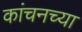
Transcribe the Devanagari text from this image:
कांचनच्या